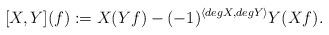
LaTeX: \begin{align*}[X, Y](f):= X(Yf) - (-1)^{\langle deg X, deg Y \rangle} Y(Xf).\\\end{align*}